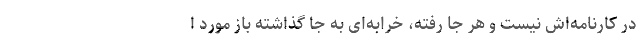
در کارنامه‌اش نیست و هر جا رفته، خرابه‌ای به جا گذاشته باز مورد ا